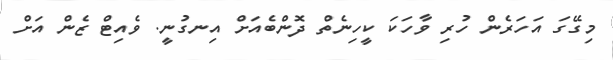
މިގޭގަ އަހަރެން ހުރި ވާހަކަ ކީހިނެތް ދޮންބެއަށް އިނގުނީ. ވެއިޓް ޒެން އަށް